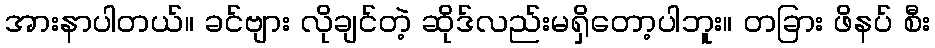
အားနာပါတယ်။ ခင်ဗျား လိုချင်တဲ့ ဆိုဒ်လည်းမရှိတော့ပါဘူး။ တခြား ဖိနပ် စီး